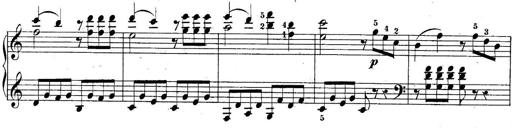
Title: 10 Sonatines progressives
Composer: Anton Schmoll